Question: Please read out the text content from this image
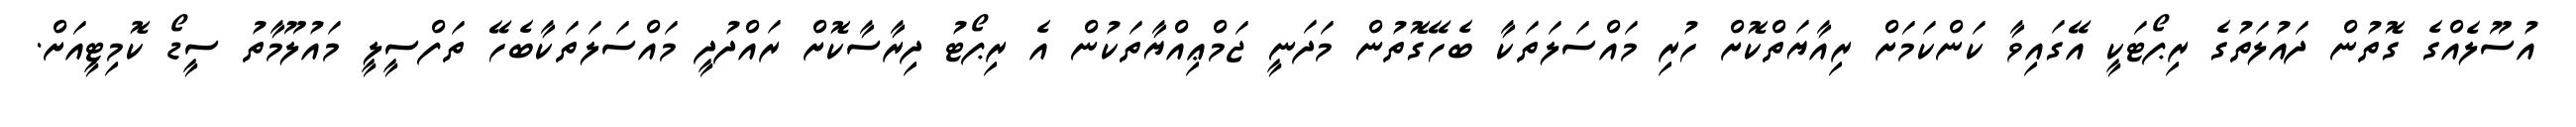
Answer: އުސޫލެއްގެ ގޮތުން ދައުލަތުގެ ރިޕޯޓަކީ އޭގައިވާ ކަންކަމަށް ރިއާޔަތްކޮށް ހުރި މައްސަލަތަކާ ބެހޭގޮތުން މަދަނީ ޖަމްޢިއްޔާތަކުން އެ ރިޕޯޓު ދިރާސާކޮށް ރައްދުދީ މައްސަލަތަކާބެހޭ ތަފްސީލީ މައުލޫމާތު ސީޑޯ ކޮމިޓީއަށް.